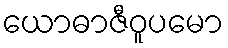
ယောဓာဇီဝူပမော